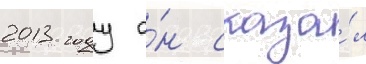
2013 году о́н сказа́л